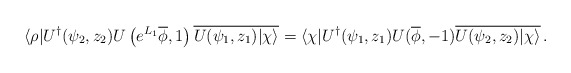
\begin{align*}\langle\rho|U^\dagger(\psi_2,z_2)U\left(e^{L_1}\overline\phi,1\right)\overline{U(\psi_1,z_1)|\chi\rangle}=\langle\chi|U^\dagger(\psi_1,z_1)U(\overline\phi,-1)\overline{U(\psi_2,z_2)|\chi\rangle}\,.\end{align*}